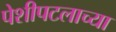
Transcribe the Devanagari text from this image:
पेशीपटलाच्या